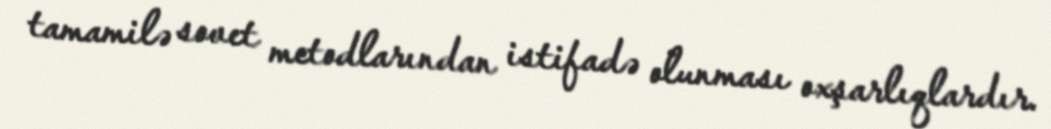
tamamilə sovet metodlarından istifadə olunması oxşarlıqlardır.